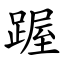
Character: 䠎